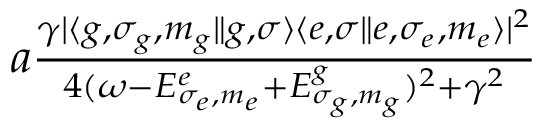
\begin{array} { r } { a \frac { \gamma | \langle g , \sigma _ { g } , m _ { g } \Vert { g , \sigma } \rangle \langle { e , \sigma } \Vert e , \sigma _ { e } , m _ { e } \rangle | ^ { 2 } } { 4 ( \omega - E _ { \sigma _ { e } , m _ { e } } ^ { e } + E _ { \sigma _ { g } , m _ { g } } ^ { g } ) ^ { 2 } + \gamma ^ { 2 } } } \end{array}